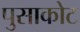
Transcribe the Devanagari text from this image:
पुसाकोट